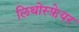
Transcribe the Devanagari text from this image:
लिथोस्फ़ेयर